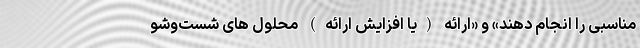
مناسبی را انجام دهند» و «ارائه (یا افزایش ارائه) محلول های شست‌وشو